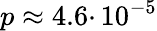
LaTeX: p\approx 4.6\cdotp 10^{-5}